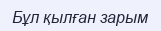
Бұл қылған зарым